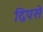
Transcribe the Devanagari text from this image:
द्विपसे